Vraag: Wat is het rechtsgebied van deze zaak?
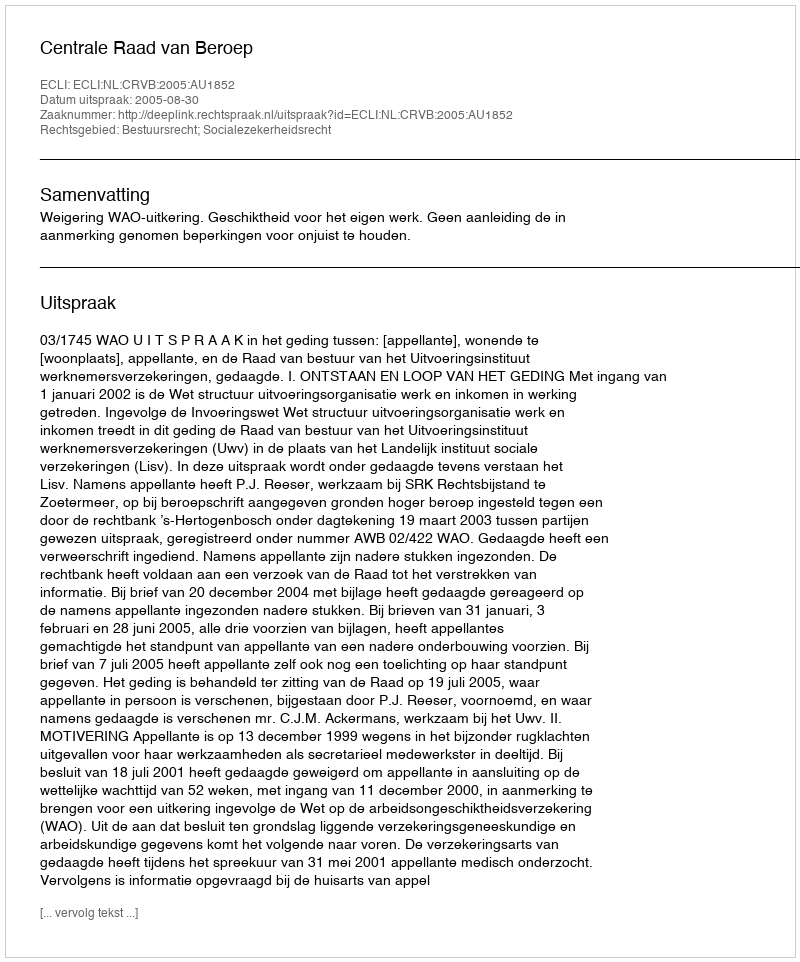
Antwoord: Bestuursrecht; Socialezekerheidsrecht